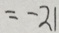
= - 2 1